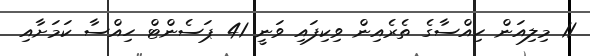
11 މިލިއަން ހިއްސާގެ ތެރެއިން ވިކިފައި ވަނީ 41 ޕަސެންޓް ހިއްސާ ކަމަށާއި